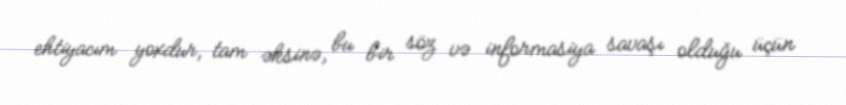
ehtiyacım yoxdur, tam əksinə, bu bir söz və informasiya savaşı olduğu üçün